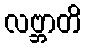
လဗ္ဘာတိ